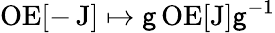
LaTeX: \operatorname{OE}[-\operatorname{J}]\mapsto\mathsf{g}\operatorname{OE}[\operatorname{J}]\mathsf{g}^{-1}